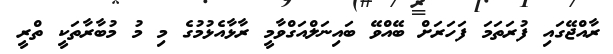
ރާއްޖޭގައި ފުރަތަމަ ފަހަރަށް ބޭއްވޭ ބައިނަލްއަގްވާމީ ރާޅާއެޅުމުގެ މި މު މުބާރާތަކީ ތްރީ